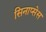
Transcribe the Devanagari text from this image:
सिनाप्सेस